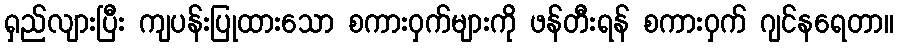
ရှည်လျားပြီး ကျပန်းပြုထားသော စကားဝှက်များကို ဖန်တီးရန် စကားဝှက် ဂျင်နရေတာ။